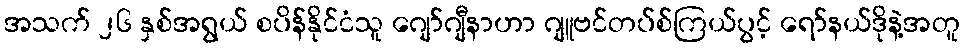
အသက် ၂၆ နှစ်အရွယ် စပိန်နိုင်ငံသူ ဂျော်ဂျီနာဟာ ဂျူဗင်တပ်စ်ကြယ်ပွင့် ရော်နယ်ဒိုနဲ့အတူ